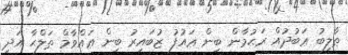
ޠާލިބު ޢަބުދުއް ރަޙުމާން ބިން ޢައުފު ޒުބައިރު ބިން ޢައްވާމް ޠަލްޙާ އަދި